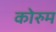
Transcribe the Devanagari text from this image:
कोरुम